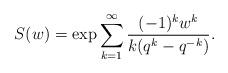
LaTeX: \begin{align*}S(w) = \exp \sum^{\infty}_{k=1} \frac{(-1)^k w^k}{k(q^k - q^{-k})}.\end{align*}